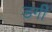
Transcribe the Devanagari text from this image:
डर्गी